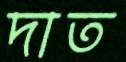
দাত